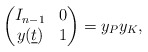
\begin{align*}\begin{pmatrix}I_{n-1}&0\\y(\underline{t})&1\end{pmatrix}=y_Py_K,\end{align*}